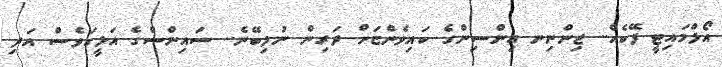
އޯލްމައިޓީ ފޭކެއް.. ޖިންނިނ އިންސިންގެ ކައިވެންޏަށް ދަރިން ނުލިބޭނެ.. ސައިންސްގެ އަލީގަވެސް އަދި